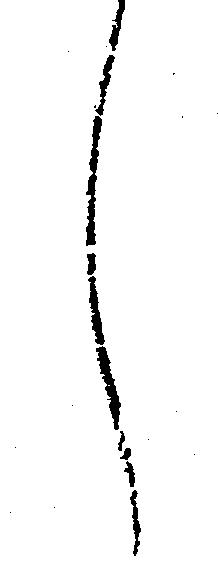
し